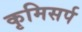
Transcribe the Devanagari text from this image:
कृमिसर्प